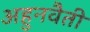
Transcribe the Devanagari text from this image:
अहुनवैती